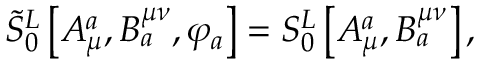
\tilde { S } _ { 0 } ^ { L } \left[ A _ { \mu } ^ { a } , B _ { a } ^ { \mu \nu } , \varphi _ { a } \right] = S _ { 0 } ^ { L } \left[ A _ { \mu } ^ { a } , B _ { a } ^ { \mu \nu } \right] ,